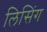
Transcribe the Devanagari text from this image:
लिसिंग